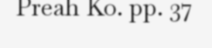
Preah Ko. pp. 37